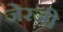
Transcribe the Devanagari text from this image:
जेरजी